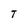
Character: T